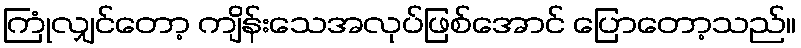
ကြုံလျှင်တော့ ကျိန်းသေအလုပ်ဖြစ်အောင် ပြောတော့သည်။